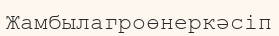
Жамбылагроөнеркәсіп